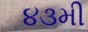
૪૩મી